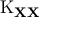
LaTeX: \operatorname { K } _ { \mathbf { X } \mathbf { X } }